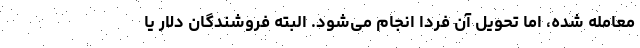
معامله شده، اما تحویل آن فردا انجام می‌شود. البته فروشندگان دلار یا